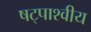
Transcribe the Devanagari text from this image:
षट्पाश्वीय